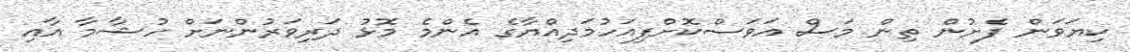
ކިޔަވަން ފެށުން ތިން މަސް އަވަސްކޮށްފިއަހުމަދިއްޔާގެ އެންމެ މޮޅު ދަރިވަރުންނަށް ހުޝާމާ އާއި